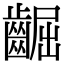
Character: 𪘳